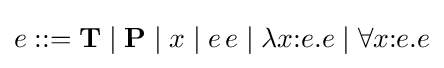
e::=\mathbf {T} \mid \mathbf {P} \mid x\mid e\,e\mid \lambda x{\mathbin {:}}e.e\mid \forall x{\mathbin {:}}e.e